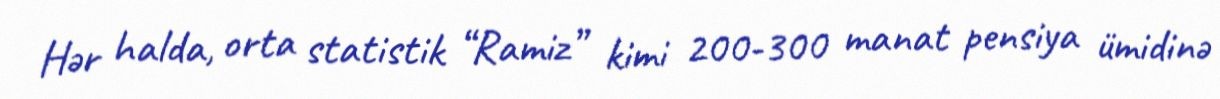
Hər halda, orta statistik “Ramiz” kimi 200-300 manat pensiya ümidinə